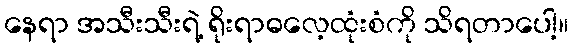
နေရာ အသီးသီးရဲ့ ရိုးရာဓလေ့ထုံးစံကို သိရတာပေါ့။